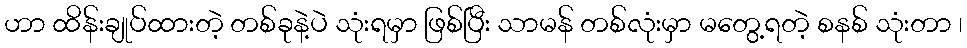
ဟာ ထိန်းချုပ်ထားတဲ့ တစ်ခုနဲ့ပဲ သုံးရမှာ ဖြစ်ပြီး သာမန် တစ်လုံးမှာ မတွေ့ရတဲ့ စနစ် သုံးတာ ၊